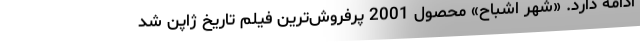
ادامه دارد. «شهر اشباح» محصول 2001 پرفروش‌ترین فیلم تاریخ ژاپن شد